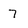
Character: 7